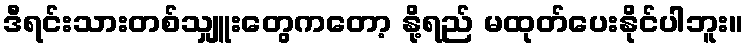
ဒီရင်းသားတစ်သျှူးတွေကတော့ နို့ရည် မထုတ်ပေးနိုင်ပါဘူး။